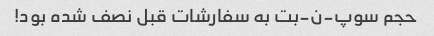
حجم سوپ-ن-بت به سفارشات قبل نصف شده بود!